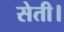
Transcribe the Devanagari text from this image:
सेती।